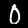
Digit: 0